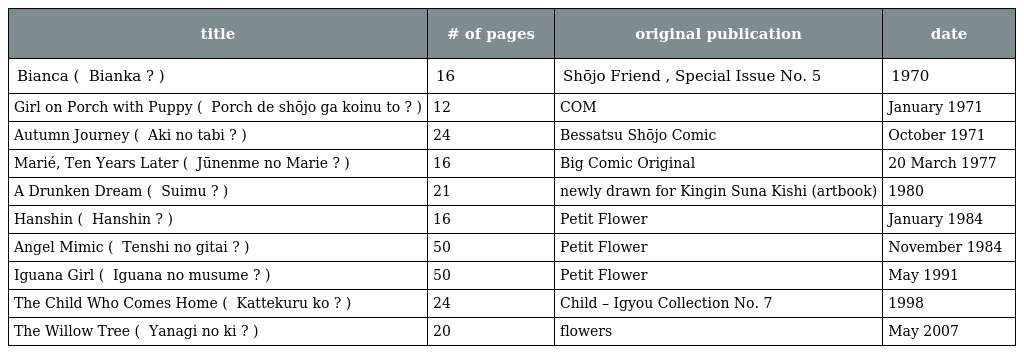
| title | # of pages | original publication | date |
 | --- | --- | --- | --- |
 | Bianca ( ビアンカ Bianka ? ) | 16 | Shōjo Friend , Special Issue No. 5 | 1970 |
 | Girl on Porch with Puppy ( ポーチで少女が小犬と Porch de shōjo ga koinu to ? ) | 12 | COM | January 1971 |
 | Autumn Journey ( 秋の旅 Aki no tabi ? ) | 24 | Bessatsu Shōjo Comic | October 1971 |
 | Marié, Ten Years Later ( 十年目の毬絵 Jūnenme no Marie ? ) | 16 | Big Comic Original | 20 March 1977 |
 | A Drunken Dream ( 酔夢 Suimu ? ) | 21 | newly drawn for Kingin Suna Kishi (artbook) | 1980 |
 | Hanshin ( 半神 Hanshin ? ) | 16 | Petit Flower | January 1984 |
 | Angel Mimic ( 天使の擬態 Tenshi no gitai ? ) | 50 | Petit Flower | November 1984 |
 | Iguana Girl ( イグアナの娘 Iguana no musume ? ) | 50 | Petit Flower | May 1991 |
 | The Child Who Comes Home ( 帰ってくる子 Kattekuru ko ? ) | 24 | Child – Igyou Collection No. 7 | 1998 |
 | The Willow Tree ( 柳の木 Yanagi no ki ? ) | 20 | flowers | May 2007 |